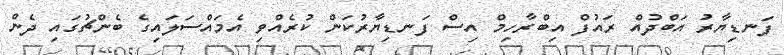
ފަނޑިޔާރު އަބްދުއް ރައުފް އިބްރާހިމް އިސް ފަނޑިޔާރުކަން ކުރެއްވި އެމައްސަލައިގެ ބެންޗުގައި ދެން